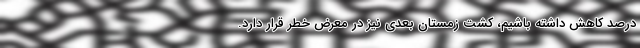
درصد کاهش داشته باشیم، کشت زمستان بعدی نیز در معرض خطر قرار دارد.